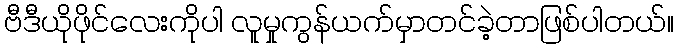
ဗီဒီယိုဖိုင်လေးကိုပါ လူမှုကွန်ယက်မှာတင်ခဲ့တာဖြစ်ပါတယ်။